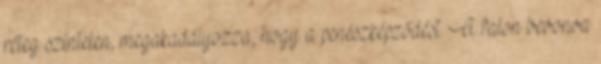
réteg színtelen, megakadályozza, hogy a penészképződést. A falon bevonva